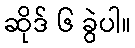
ဆိုဒ် ၆ ခွဲပါ။